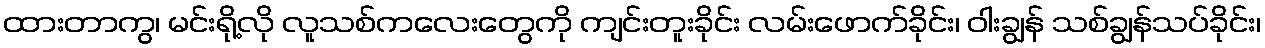
ထားတာကွ၊ မင်းရို့လို လူသစ်ကလေးတွေကို ကျင်းတူးခိုင်း လမ်းဖောက်ခိုင်း၊ ဝါးချွန် သစ်ချွန်သပ်ခိုင်း၊